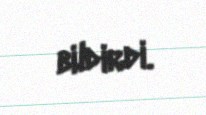
bildirdi.